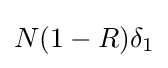
N(1-R)\delta _{1}